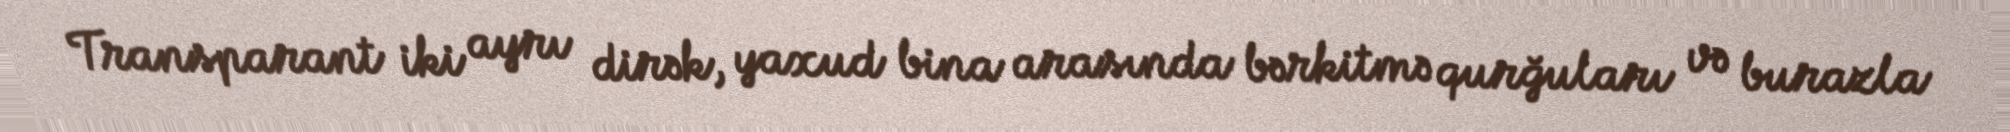
Transparant iki ayrı dirək, yaxud bina arasında bərkitmə qurğuları və burazla